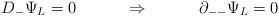
LaTeX: \begin{align*}D_{-} \Psi_L = 0 ~~~ \qquad \Rightarrow ~~~ \qquad\partial_{--} \Psi_L = 0\end{align*}